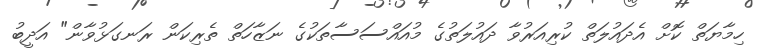
ހިމާޔަތް ކޮށް އެދައުލަތް ކުރިއަރުވާ ދައުލަތުގެ މުއައްސަސާތަކުގެ ނަޒާހަތް ތެރިކަން ރަނގަޅުވާން" އަދީބު